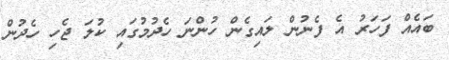
ބައެއް ފަހަރު އެ ފެނުން ލައިގެން ހުންނަ ހެދުމުގައި ކުލަ ޖެހި ހެދުން